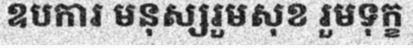
ឧបការ មនុស្សរួមសុខ រួមទុក្ខ